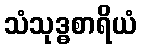
သံသုဒ္ဓစာရိယံ